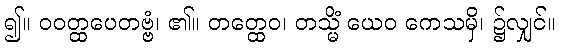
၍။ ဝဝတ္ထပေတဗ္ဗံ၊ ၏။ တတ္ထေဝ၊ တသ္မိံ ယေဝ ကေသမှိ၊ ၌လျှင်။